Annual statistical returns and brief notes on vaccination in Bengal - 1896-1909
Year: 1896
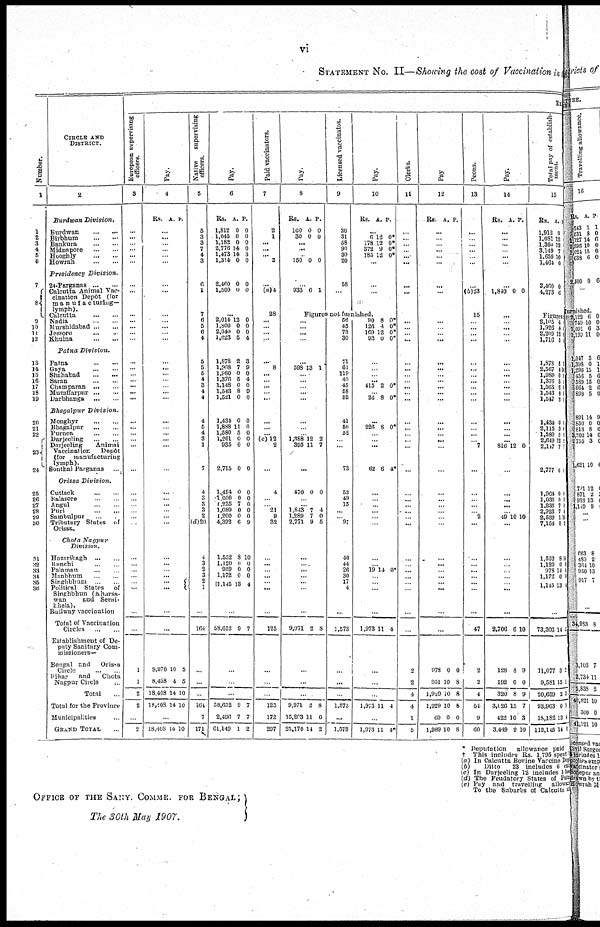
vi
STATEMENT No. II—Showing the cost of Vaccination in
Number.
1
1
2
3
4
5
6
7
8
9
10
11
12
13
14
15
16
17
18
19
20
21
22
23
24
25
26
27
28
29
30
31
32
33
34
35
36
CIRCLE AND
DISTRICT.
2
Burdwan
Division.
Burdwan ...
...
Birbhum
...
...
Bankura
...
...
Midnapore
...
...
Hooghly
...
...
Howrah...
...
Presidency
Division.
24-Parganas ...
...
Calcutta Animal vac-
cination Depôt (for
manufacturing—
lymph).
Calcutta
...
...
Nadia
...
...
Murshidabad
...
...
Jessore
...
...
Khulna
...
...
Patna
Division.
Patna
...
...
Gaya ... ...
Shahabad
...
...
Saran
...
...
Champaran
...
...
Muzaffarpur
...
...
Darbhanga
... ...
Bhagalpur
Division.
Monghyr
...
...
Bhagalpur
...
...
Purnea
...
...
Darjeeling
...
...
Darjeeling
Animal
Vaccination
Depôt
(for
manufacturing
lymph).
Sonthal Parganas
...
Orissa
Division.
Cuttack
...
...
Balasore
...
...
Angul
...
...
Puri
...
...
Sambulpur ...
Tributary States of
Orissa.
Chota
Nagpur
Division.
Hazaribagh
...
...
Ranchi
...
...
Palamau
...
...
Manbhum
...
...
Singhbhum
...
...
Political
States
of
Singhbhun (Kharsa¬
wan
and Serai¬
khela).
Railway vaccination
Total of Vaccination
Circles
...
...
Establishment of De-
puty Sanitary Com¬
missioners—
Bengal and
Orissa
Circle
...
...
Bihar
and
Chota
Nagpur Circle ...
Total ...
Total for the Province
Municipalities ...
GRAND TOTAL ...
Ex
European supervising
officers.
3
...
...
...
...
...
...
...
...
...
...
...
...
...
...
...
...
...
...
...
...
...
... ...
...
...
...
...
...
...
... ...
...
...
...
...
...
... ...
...
1
1
2
2
...
2
Pay.
4
Rs. A. P.
...
...
...
...
...
...
...
...
...
... ...
...
...
...
...
...
...
... ...
...
...
... ...
...
...
...
...
...
...
... ...
...
...
...
... ... ... ...
...
...
9,970
8,438
18,408
18,408
10
4
14
14
5
5
10
10
...
18,408 14 10
Native
supervising
officers.
5
5
3
3
7
4
3
6
1
7
6
5
6
4
5
5
5
4
3
4
4
4
5
4
3
1
7
4
3
3
3
2
(d)20
4
3
2
3
2
1
...
164
...
...
...
164
7
171
Pay.
6
Rs.
1,812
1,045
1,182
2,776
1,473
1,314
A.
0
0
0
14
14
0
P.
0
0
0
0
3
0
2,460
1,500
0
0
0
0
...
2,014
1,800
2,040
1,623
12
0
0
5
0
0
0
4
1,878
1,968
1,980
1,376
1,148
1,543
1,521
2
7
0
5
0
8
0
3
9
0
4
0
9
0
1,434
1,888
1,580
1,261
935
2,715
0
11
5
0
0
0
0
0
0
0
0
0
1,494
1,030
1,235
1,080
1,200
4,392
0
0
7
0
0
6
0
0
0
0
0
9
1,552
1,120
959
1,172
1,145
8
0
0
0
13
10
0
0
0
4
...
58,652 9 7
...
...
...
58,652
2,496
61,149
9
7
1
7
7
2
Paid vaccinators.
7
2
1
...
...
... 2
...
(a)4
28
...
...
... ...
...
8
...
...
...
...
...
...
... ...
(c)12
2
...
4
... ... 21
9
32
...
...
... ...
... ...
...
125
...
...
...
125
172
297
Pay.
8
Rs.
100
30
A.
0
0
P.
0
0
...
...
... 150 0 0
...
933 6 1
Licensed vaccinatos.
9
30
31
58
90
30
20
58
...
Pay.
10
Rs. A. P.
...
6
178
372
185
12
12
9
12
0*
0*
0*
0*
...
...
...
Figures not furnished.
...
...
...
...
...
598 13 1
...
...
... ...
...
...
... ... 1,388
395
12
11
2
7
...
470 0 0
...
...
1,813
1,289
2,771
7
7
9
4
0
5
...
... ...
...
...
...
...
9,971 2 8
...
...
...
9,971
15,203
25,174
2
11
14
8
6
2
56
45
73
30
71
61
119
49
45
58
52
41
50
52
...
...
73
53
49
15
... ... 97
46
44
26
30
17
4
...
1,573
...
...
...
1,573
...
1,573
90
126
169
93
8
4
12
0
0*
0*
0*
0*
...
...
...
...
415 2 0*
... 26 8 0*
...
226 8 0*
...
...
...
62 6 4*
...
... ...
... ...
...
...
...
19 14 0*
...
... ...
...
1,973 11 4
...
...
...
1,973 11 4
...
1,973 11 4*
Clerks.
11
...
...
...
...
...
...
...
...
...
...
...
...
...
...
...
...
...
...
...
...
... ...
...
...
...
...
...
...
... ...
...
...
...
...
...
... ...
...
2
2
4
4
1
5
Pay
12
Rs. A. P.
...
... ...
...
...
...
...
...
...
...
... ...
...
...
...
...
...
...
...
...
... ...
...
...
...
...
...
...
... ...
...
...
...
... ...
... ...
...
...
978
951
1,929
1,929
60
1,989
0
10
10
10
0
10
0
8
8
8
0
8
Peons.
13
...
...
...
...
...
...
...
(b)23
15
...
...
...
...
...
...
...
...
...
...
...
...
... ...
... 7
...
...
... ...
... 2
...
...
...
...
...
...
...
...
47
2
2
4
51
9
60
Pay.
14
Rs. A. P.
...
...
...
... ...
...
...
1,840 0 0
...
... ...
... ...
...
... ...
...
...
... ...
...
... ...
...
816 12 0
...
...
... ...
... 49 10 10
...
...
...
...
...
... ...
...
2,706 6 10
128
192
320
3,026
422
3,419
8
0
8
15
10
9
9
0
9
7
3
10
Total pay of establish-
ment.
15
Rs.
1,912
1,081
1,360
3,149
1,659
1,464
A.
0
12
12
7
10
0
P.
2,460
4,273
0
6
0
0
Figures
2,105
1,926
2,209
1,716
4
4
12
5
0 1
0
4
1,878
2,567
1,980
1,376
1,563
1,543
1,547
2
4
0
5
2
8
8
3
10
0
4
0
9
0
1,431
2 115
1,580
2,649
2,117
2,777
0
3
5
12
7
6
0
0
0
2
1
4
1,964
1,030
1,235
2 929
2,539
7,164
0
0
7
7
1
0
0
0
0
4
10
2
1,552
1,120
978
1,172
1,145
8
0
14
0
13
10
4
0
0
4
...
73,303 14 5
11,077
9,581
20,659
93,963
18,182
112,145
3
15
2
0
13
14
2
1
3
8
4
0
* Deputation
allowance paid
† This includes Rs. 1,795 spent
(a) In Calcutta Bovine Vaccine Dep
(b)
Ditto
23 includes 6 extra
(c) In Darjeeling 12 includes 1 head
(d) The Feudatory States of Paid
(e) Pay and travelling allowance
To the Subarbs of Calcutta
OFFICE OF THE SANY. COMMR. FOR BENGAL;
The 30th May 1907.